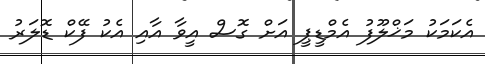
އެކަމަކު މަޚްލޫފު އެމްޑީޕީ އަށް ގޮސް އީވާ އާއި އެކު ފޭކް ޑޮލަރު